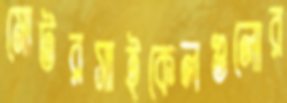
মোটরসাইকেলগুলোর